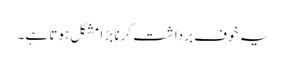
یہ خوف برداشت کرنا بڑا مشکل ہوتا ہے۔